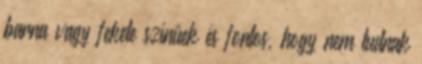
barna vagy fekete színűek és fontos, hogy nem tudnak